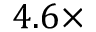
4 . 6 \times